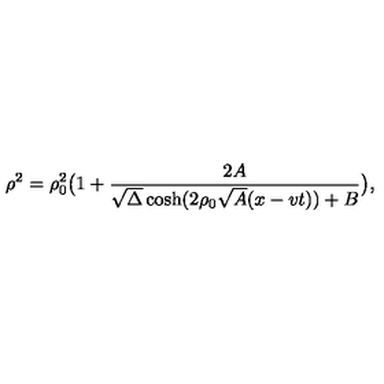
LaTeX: \rho ^ { 2 } = \rho _ { 0 } ^ { 2 } \bigl ( 1 + { \frac { 2 A } { \sqrt { \Delta } \cosh ( 2 \rho _ { 0 } \sqrt { A } ( x - v t ) ) + B } } \bigr ) ,